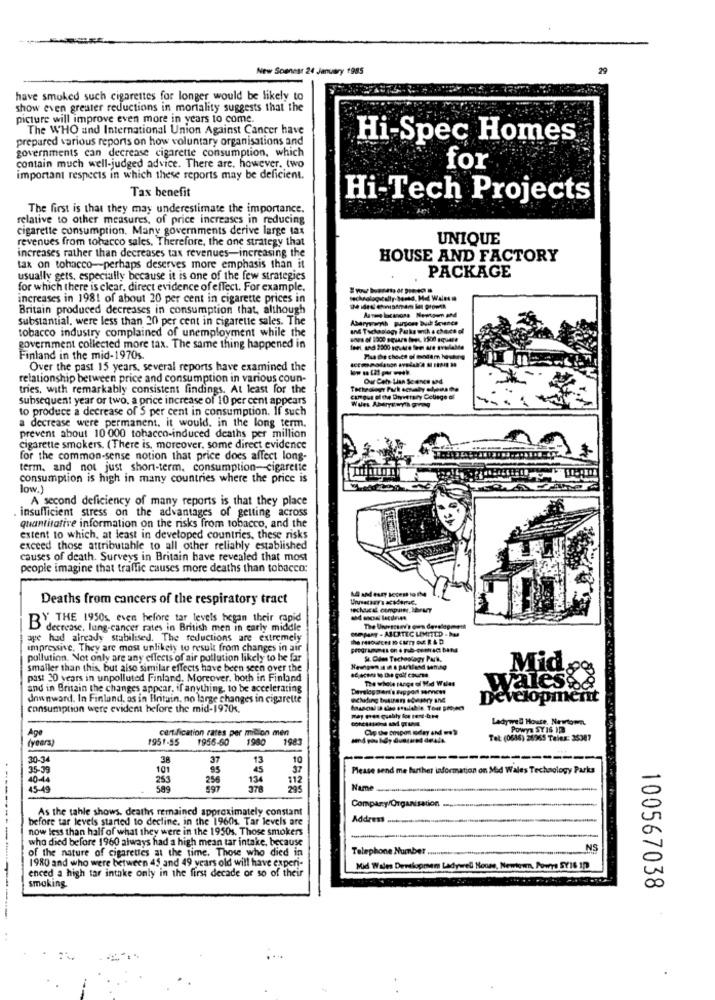
New Soonest 24 January 1985
29
have smoked such cigarettes for longer would be likely to
show even greater reductions in mortality suggests that the
picture will improve even more in years to come.
The WHO and International Union Against Cancer have
prepared various reports on how voluntary organisations and
Hi-Spec Homes
governments can decrease cigarette consumption, which
contain much well-judged advice. There are, however, two
for
important respecis in which these reports may be deficient.
Tax benefit
Hi-Tech Projects
The first is that they may underestimate the importance.
relative to other measures, of price increases in reducing
cigarette consumption. Many governments derive large tax
revenues from tobacco sales, Therefore, the one strategy that
UNIQUE
increases rather than decreases tax revenues-increasing the
HOUSE AND FACTORY
tax on tobacco-perhaps deserves more emphasis than it
usually gets, especially because it is one of the few strategies
PACKAGE
for which there is clear, direct evidence of effect. For example.
increases in 1981 of about 20 per cent in cigarette prices in
Britain produced decreases in consumption that, although
substantial, were less than 20 per cent in cigarette sales. The
Abarysramh purpose Buit Science
and Tachaslogy Paks with a chart ol
tobacco industry complained of unemployment while the
government collected more tax. The same thing happened in
Finland in the mid-1970s.
Over the past 15 years, several reports have examined the
relationship between price and consumption in various coun-
Our Ceh Lian Se encs sad
tries, with remarkably consistent findings. At least for the
subsequent year or two, a price increase of 10 per cent appears
Wurs Aberyswyth greg
cargue el che Divetrary College al
to produce a decrease of 5 per cent in consumption. If such
a decrease were permanent. it would. in the long term.
prevent about 10 000 tobacco-induced deaths per million
cigarette smokers. (There is, moreover, some direct evidence
for the common-sense notion that price does affect long-
term. and not just short-term. consumption-cigarette
consumption is high in many countries where the price is
low.)
A second deficiency of many reports is that they place
. insufficient stress on the advantages of getting across
quantitative information on the risks from tobacco, and the
extent to which, at least in developed countries, these risks
exceed those attributable to all other reliably established
causes of death. Surveys in Britain have revealed that most
people imagine that traffic causes more deaths than tobacco:
All and eury secent to IM
Deaths from cancers of the respiratory tract
BY THE 1950s. even before tar levels began their rapid
decrease, lung-cancer rates in British men in early middle
ORPART . ABERTEC LIMITED . Dos
ape had already stabilised. The reductions are extremely
impressive. They are most unlikely to result from changes in air
pollution. Not only are any effects of air pollution likely to be far
St. Olles Technology Park,
Mid
smaller than this, but also similar effects have been seen over the
past 20 years in unpolluted Finland. Moreover, both in Finland
The whole range of Mid Wales
wales.
and in Britain the changes appear, if anything, to be accelerating
downward. In Finland, os in Britain, no large changes in cigarette
Development
consumption were evident before the mid-1970s.
Ladywel House, Newtown.
Age
certification rates per micion men
Powys SY 16 108
(years)
1951-55
1956-60
1980
1983
Tel: (0616) 26365 Telex: 35387
20.34
38
37
13
10
---------
35-39
101
95
37
Please send me further information on Mid Wales Technology Parks
40-44
253
256
112
45-49
37e
Name
As the tahle shows, deaths remained approximately constant
Company/Organisation .......
before tar levels started to decline. in the 19601. Tar levels are
Address .................................
now less than half of what they were in the 1950s. Those smokers
who died before 1960 always had a high mean tar intake, because
of the nature of cigarettes at the time. Those who died in
Telephone Number ..
NS
1980 and who were between 45 and 49 years old will have experi-
enced a high tar intake only in the first decade of so of their
Mid Wales Developmen Ladywell House, Newtown. Powys SY16 1)
smoking
100567038